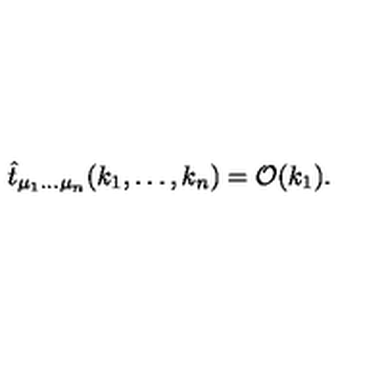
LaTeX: \hat { t } _ { \mu _ { 1 } \ldots \mu _ { n } } ( k _ { 1 } , \ldots , k _ { n } ) = { \cal O } ( k _ { 1 } ) .